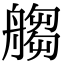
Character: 䑼